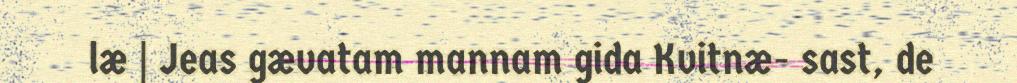
læ | Jeas gævatam mannam gida Kvitnæ- sast, de